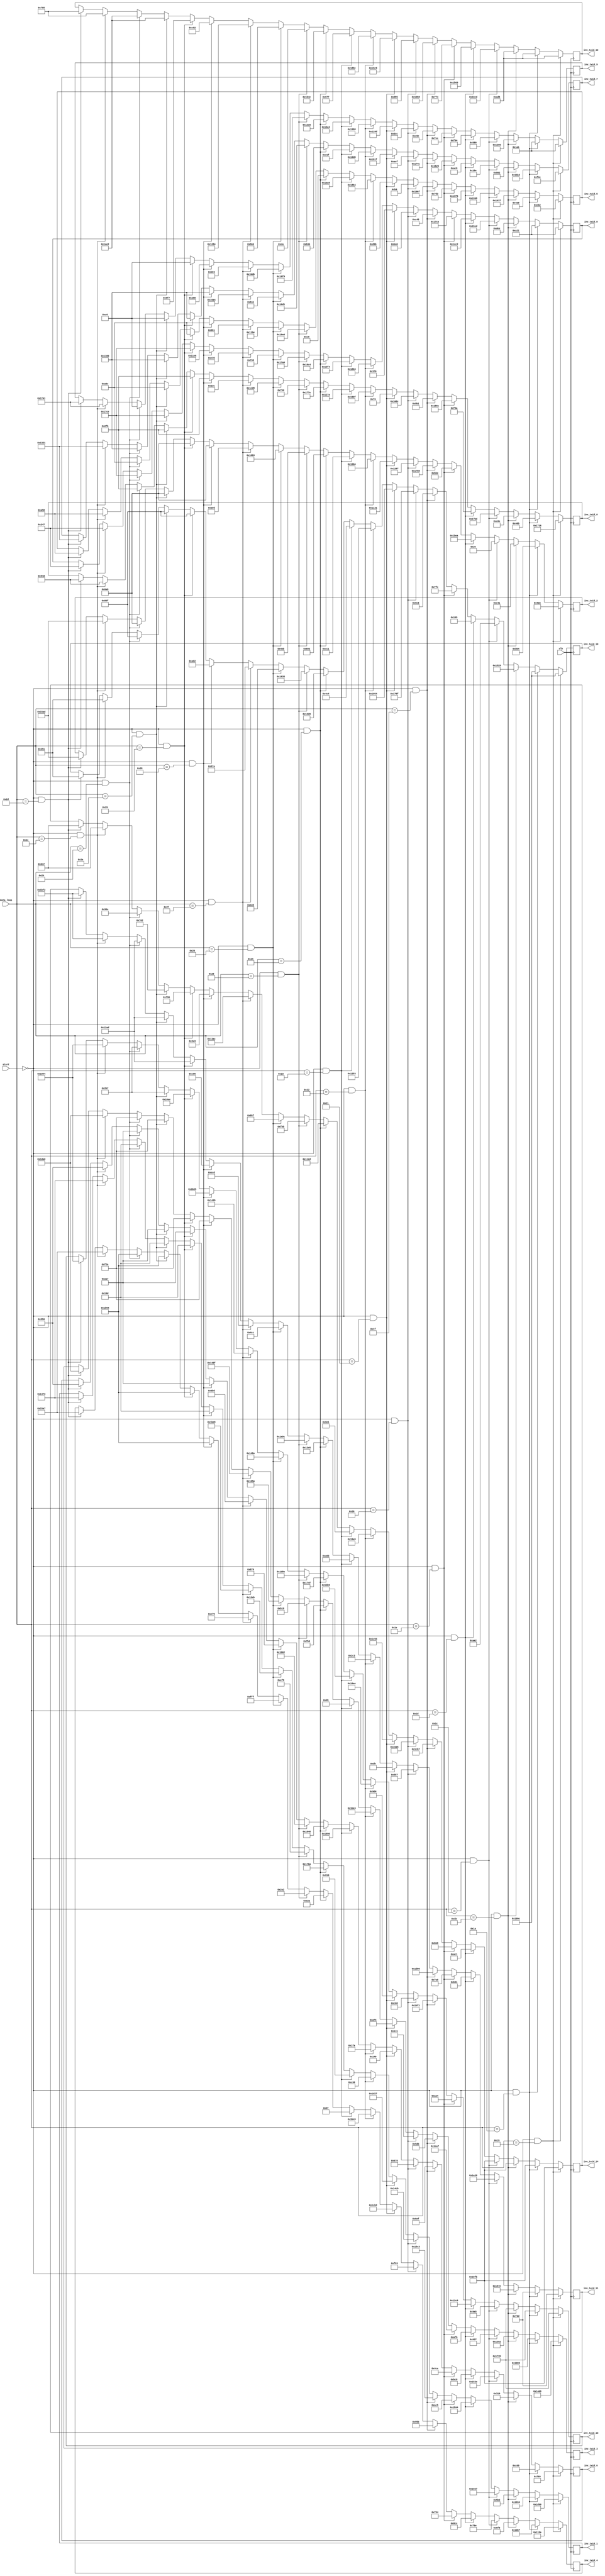
`timescale 1ns / 1ps

module inv_twiddle_data(
    input start,
    input [5:0] data_loop,
    input clk,
    output reg [15:0] inv_twid_0, inv_twid_1, inv_twid_2, inv_twid_3,
           inv_twid_4, inv_twid_5, inv_twid_6, inv_twid_7,
           inv_twid_8, inv_twid_9, inv_twid_10, inv_twid_11,
           inv_twid_12, inv_twid_13, inv_twid_14
    );
    
    //defining twiddle value ----- 0000
    reg [15:0] inv_shi_0 = 16'd5910, inv_shi_1 = 16'd7568, inv_shi_2 = 16'd1189, inv_shi_3 = 16'd5224;
    reg [15:0] inv_shi_4 = 16'd4442, inv_shi_5 = 16'd3250, inv_shi_6 = 16'd1897, inv_shi_7 = 16'd3916; 
    
    reg [15:0] inv_shi_8 = 16'd2593, inv_shi_9 = 16'd417, inv_shi_10 = 16'd6556, inv_shi_11 = 16'd3901;  
    reg [15:0] inv_shi_12 = 16'd2774, inv_shi_13 = 16'd5941, inv_shi_14 = 16'd6395; 
    
    //defining twiddle value ------ 0001
    reg [15:0] inv_shi_16 = 16'd1035, inv_shi_17 = 16'd6550, inv_shi_18 = 16'd2996, inv_shi_19 = 16'd4229;
    reg [15:0] inv_shi_20 = 16'd4287, inv_shi_21 = 16'd1193, inv_shi_22 = 16'd3081, inv_shi_23 = 16'd7587; 
    
    reg [15:0] inv_shi_24 = 16'd3566, inv_shi_25 = 16'd4608, inv_shi_26 = 16'd5417, inv_shi_27 = 16'd6526;  
    reg [15:0] inv_shi_28 = 16'd4301, inv_shi_29 = 16'd2469, inv_shi_30 = 16'd2753; 
    
    //defining twiddle value ------ 0010
    reg [15:0] inv_shi_32 = 16'd3086, inv_shi_33 = 16'd1459, inv_shi_34 = 16'd3137, inv_shi_35 = 16'd5010;
    reg [15:0] inv_shi_36 = 16'd1784, inv_shi_37 = 16'd5687, inv_shi_38 = 16'd793, inv_shi_39 = 16'd2050; 
    
    reg [15:0] inv_shi_40 = 16'd6637, inv_shi_41 = 16'd1408, inv_shi_42 = 16'd2722, inv_shi_43 = 16'd6688;  
    reg [15:0] inv_shi_44 = 16'd6915, inv_shi_45 = 16'd4800, inv_shi_46 = 16'd3000;
    
    //defining twiddle value ------ 0011
    reg [15:0] inv_shi_48 = 16'd6077, inv_shi_49 = 16'd4135, inv_shi_50 = 16'd0062, inv_shi_51 = 16'd2359;
    reg [15:0] inv_shi_52 = 16'd1950, inv_shi_53 = 16'd6552, inv_shi_54 = 16'd5422, inv_shi_55 = 16'd398; 
    
    reg [15:0] inv_shi_56 = 16'd7362, inv_shi_57 = 16'd3844, inv_shi_58 = 16'd405, inv_shi_59 = 16'd2897;  
    reg [15:0] inv_shi_60 = 16'd1908, inv_shi_61 = 16'd2724, inv_shi_62 = 16'd7351;
    
    //defining twiddle value ------ 0100
    reg [15:0] inv_shi_64 = 16'd3930, inv_shi_65 = 16'd7060, inv_shi_66 = 16'd7146, inv_shi_67 = 16'd2811;
    reg [15:0] inv_shi_68 = 16'd2252, inv_shi_69 = 16'd6645, inv_shi_70 = 16'd3016, inv_shi_71 = 16'd2760; 
    
    reg [15:0] inv_shi_72 = 16'd6090, inv_shi_73 = 16'd2028, inv_shi_74 = 16'd2044, inv_shi_75 = 16'd1952;  
    reg [15:0] inv_shi_76 = 16'd4232, inv_shi_77 = 16'd7153, inv_shi_78 = 16'd5413;
    
    //defining twiddle value ------ 0101
    reg [15:0] inv_shi_80 = 16'd5484, inv_shi_81 = 16'd2757, inv_shi_82 = 16'd3006, inv_shi_83 = 16'd7335;
    reg [15:0] inv_shi_84 = 16'd1876, inv_shi_85 = 16'd2002, inv_shi_86 = 16'd1230, inv_shi_87 = 16'd5669; 
    
    reg [15:0] inv_shi_88 = 16'd3141, inv_shi_89 = 16'd3180, inv_shi_90 = 16'd1478, inv_shi_91 = 16'd7424;  
    reg [15:0] inv_shi_92 = 16'd3477, inv_shi_93 = 16'd3080, inv_shi_94 = 16'd7316;
    
    //defining twiddle value ------ 0110  
    reg [15:0] inv_shi_96 = 16'd2481, inv_shi_97 = 16'd5571, inv_shi_98 = 16'd6024, inv_shi_99 = 16'd1499;
    reg [15:0] inv_shi_100 = 16'd2395, inv_shi_101 = 16'd6511, inv_shi_102 = 16'd1775, inv_shi_103 = 16'd5964; 
    
    reg [15:0] inv_shi_104 = 16'd2880, inv_shi_105 = 16'd3532, inv_shi_106 = 16'd5999, inv_shi_107 = 16'd1415;  
    reg [15:0] inv_shi_108 = 16'd6601, inv_shi_109 = 16'd2516, inv_shi_110 = 16'd6569;
    
    //defining twiddle value ------ 0111
    reg [15:0] inv_shi_112 = 16'd4236, inv_shi_113 = 16'd5323, inv_shi_114 = 16'd4759, inv_shi_115 = 16'd321;
    reg [15:0] inv_shi_116 = 16'd3987, inv_shi_117 = 16'd185, inv_shi_118 = 16'd1656, inv_shi_119 = 16'd2799; 
    
    reg [15:0] inv_shi_120 = 16'd880, inv_shi_121 = 16'd4493, inv_shi_122 = 16'd4180, inv_shi_123 = 16'd219;  
    reg [15:0] inv_shi_124 = 16'd6300, inv_shi_125 = 16'd5806, inv_shi_126 = 16'd2273;
    
    //defining twiddle value ------ 1000
    reg [15:0] inv_shi_128 = 16'd118, inv_shi_129 = 16'd7463, inv_shi_130 = 16'd4401, inv_shi_131 = 16'd2805;
    reg [15:0] inv_shi_132 = 16'd7346, inv_shi_133 = 16'd3483, inv_shi_134 = 16'd329, inv_shi_135 = 16'd6943; 
    
    reg [15:0] inv_shi_136 = 16'd6243, inv_shi_137 = 16'd5000, inv_shi_138 = 16'd4691, inv_shi_139 = 16'd707;  
    reg [15:0] inv_shi_140 = 16'd1655, inv_shi_141 = 16'd7097, inv_shi_142 = 16'd4589;

    //defining twiddle value ------ 1001
    reg [15:0] inv_shi_144 = 16'd6415, inv_shi_145 = 16'd3120, inv_shi_146 = 16'd5508, inv_shi_147 = 16'd7139;
    reg [15:0] inv_shi_148 = 16'd6979, inv_shi_149 = 16'd6244, inv_shi_150 = 16'd506, inv_shi_151 = 16'd6616; 
    
    reg [15:0] inv_shi_152 = 16'd5108, inv_shi_153 = 16'd5795, inv_shi_154 = 16'd1220, inv_shi_155 = 16'd2563;  
    reg [15:0] inv_shi_156 = 16'd6988, inv_shi_157 = 16'd5967, inv_shi_158 = 16'd4027;
    
    //defining twiddle value ------ 1010
    reg [15:0] inv_shi_160 = 16'd4730, inv_shi_161 = 16'd2067, inv_shi_162 = 16'd3265, inv_shi_163 = 16'd217;
    reg [15:0] inv_shi_164 = 16'd111, inv_shi_165 = 16'd6825, inv_shi_166 = 16'd6288, inv_shi_167 = 16'd3615; 
    
    reg [15:0] inv_shi_168 = 16'd5828, inv_shi_169 = 16'd6678, inv_shi_170 = 16'd4640, inv_shi_171 = 16'd4837;  
    reg [15:0] inv_shi_172 = 16'd202, inv_shi_173 = 16'd7438, inv_shi_174 = 16'd2399;
    
    //defining twiddle value ------ 1011
    reg [15:0] inv_shi_176 = 16'd6014, inv_shi_177 = 16'd6074, inv_shi_178 = 16'd1683, inv_shi_179 = 16'd1968;
    reg [15:0] inv_shi_180 = 16'd3626, inv_shi_181 = 16'd201, inv_shi_182 = 16'd5702, inv_shi_183 = 16'd2875; 
    
    reg [15:0] inv_shi_184 = 16'd6048, inv_shi_185 = 16'd5881, inv_shi_186 = 16'd5685, inv_shi_187 = 16'd6812;  
    reg [15:0] inv_shi_188 = 16'd1382, inv_shi_189 = 16'd5258, inv_shi_190 = 16'd5036;
    
    //defining twiddle value ------ 1100
    reg [15:0] inv_shi_192 = 16'd1872, inv_shi_193 = 16'd3832, inv_shi_194 = 16'd1211, inv_shi_195 = 16'd2840;
    reg [15:0] inv_shi_196 = 16'd674, inv_shi_197 = 16'd6566, inv_shi_198 = 16'd7042, inv_shi_199 = 16'd4305; 
    
    reg [15:0] inv_shi_200 = 16'd1848, inv_shi_201 = 16'd7131, inv_shi_202 = 16'd1097, inv_shi_203 = 16'd1228;  
    reg [15:0] inv_shi_204 = 16'd4740, inv_shi_205 = 16'd5173, inv_shi_206 = 16'd675;
    
    //defining twiddle value ------ 1101
    reg [15:0] inv_shi_208 = 16'd7385, inv_shi_209 = 16'd4843, inv_shi_210 = 16'd6275, inv_shi_211 = 16'd5722;
    reg [15:0] inv_shi_212 = 16'd4095, inv_shi_213 = 16'd4542, inv_shi_214 = 16'd2169, inv_shi_215 = 16'd2372; 
    
    reg [15:0] inv_shi_216 = 16'd3125, inv_shi_217 = 16'd2819, inv_shi_218 = 16'd1402, inv_shi_219 = 16'd3789;  
    reg [15:0] inv_shi_220 = 16'd3074, inv_shi_221 = 16'd6949, inv_shi_222 = 16'd1846;
    
    //defining twiddle value ------ 1110
    reg [15:0] inv_shi_224 = 16'd572, inv_shi_225 = 16'd7145, inv_shi_226 = 16'd2717, inv_shi_227 = 16'd5135;
    reg [15:0] inv_shi_228 = 16'd3193, inv_shi_229 = 16'd2433, inv_shi_230 = 16'd1725, inv_shi_231 = 16'd5796; 
    
    reg [15:0] inv_shi_232 = 16'd4582, inv_shi_233 = 16'd0648, inv_shi_234 = 16'd2562, inv_shi_235 = 16'd3078;  
    reg [15:0] inv_shi_236 = 16'd2551, inv_shi_237 = 16'd4270, inv_shi_238 = 16'd1794;

    //defining twiddle value ------ 1111
    reg [15:0] inv_shi_240 = 16'd763, inv_shi_241 = 16'd413, inv_shi_242 = 16'd1704, inv_shi_243 = 16'd3882;
    reg [15:0] inv_shi_244 = 16'd7012, inv_shi_245 = 16'd2668, inv_shi_246 = 16'd2583, inv_shi_247 = 16'd4992; 
    
    reg [15:0] inv_shi_248 = 16'd6094, inv_shi_249 = 16'd0198, inv_shi_250 = 16'd2063, inv_shi_251 = 16'd4781;  
    reg [15:0] inv_shi_252 = 16'd6882, inv_shi_253 = 16'd0695, inv_shi_254 = 16'd878;

    //defining twiddle value ------  second iteration ----------
    reg [15:0] inv_shi_260 = 16'd2381, inv_shi_261 = 16'd5235, inv_shi_262 = 16'd5549, inv_shi_263 = 16'd7584;
    reg [15:0] inv_shi_264 = 16'd5543, inv_shi_265 = 16'd2648, inv_shi_266 = 16'd1366, inv_shi_267 = 16'd4897;
    
    reg [15:0] inv_shi_268 = 16'd583, inv_shi_269 = 16'd5953, inv_shi_270 = 16'd849, inv_shi_271 = 16'd7154;
    reg [15:0] inv_shi_272 = 16'd1925, inv_shi_273 = 16'd6468, inv_shi_274 = 16'd3383;
    
    
    //logic to developing esssential twiddle faactor
    always @(posedge clk)
    begin
      if(!start && data_loop == 6'h19)
      begin
        inv_twid_0 <= inv_shi_0; inv_twid_1 <= inv_shi_1; inv_twid_2 <= inv_shi_2; inv_twid_3 <= inv_shi_3; 
        inv_twid_4 <= inv_shi_4; inv_twid_5 <= inv_shi_5; inv_twid_6 <= inv_shi_6; inv_twid_7 <= inv_shi_7;

        inv_twid_8 <= inv_shi_8; inv_twid_9 <= inv_shi_9; inv_twid_10 <= inv_shi_10; inv_twid_11 <= inv_shi_11;
        inv_twid_12 <= inv_shi_12; inv_twid_13 <= inv_shi_13; inv_twid_14 <= inv_shi_14;
      end

	else if(!start && data_loop == 6'h1a)
	begin
		inv_twid_0 <= inv_shi_16; inv_twid_1 <= inv_shi_17; inv_twid_2 <= inv_shi_18; inv_twid_3 <= inv_shi_19;
		inv_twid_4 <= inv_shi_20; inv_twid_5 <= inv_shi_21; inv_twid_6 <= inv_shi_22; inv_twid_7 <= inv_shi_23;

        inv_twid_8 <= inv_shi_8; inv_twid_9 <= inv_shi_9; inv_twid_10 <= inv_shi_10; inv_twid_11 <= inv_shi_11;
        inv_twid_12 <= inv_shi_12; inv_twid_13 <= inv_shi_13; inv_twid_14 <= inv_shi_14;

	end

	else if(!start && data_loop == 6'h1b)
	begin
		inv_twid_0 <= inv_shi_32; inv_twid_1 <= inv_shi_33; inv_twid_2 <= inv_shi_34; inv_twid_3 <= inv_shi_35;
		inv_twid_4 <= inv_shi_36; inv_twid_5 <= inv_shi_37; inv_twid_6 <= inv_shi_38; inv_twid_7 <= inv_shi_39;

		inv_twid_8 <= inv_shi_24; inv_twid_9 <= inv_shi_25; inv_twid_10 <= inv_shi_26; inv_twid_11 <= inv_shi_27;
        inv_twid_12 <= inv_shi_12; inv_twid_13 <= inv_shi_13; inv_twid_14 <= inv_shi_14;

	end

	else if(!start && data_loop == 6'h1c)
	begin
		inv_twid_0 <= inv_shi_48; inv_twid_1 <= inv_shi_49; inv_twid_2 <= inv_shi_50; inv_twid_3 <= inv_shi_51;
		inv_twid_4 <= inv_shi_52; inv_twid_5 <= inv_shi_53; inv_twid_6 <= inv_shi_54; inv_twid_7 <= inv_shi_55;

		inv_twid_8 <= inv_shi_40; inv_twid_9 <= inv_shi_41; inv_twid_10 <= inv_shi_42; inv_twid_11 <= inv_shi_43;
		inv_twid_12 <= inv_shi_28; inv_twid_13 <= inv_shi_29; inv_twid_14 <= inv_shi_14;      


	end

	else if(!start && data_loop == 6'h1d)
	begin
		inv_twid_0 <= inv_shi_64; inv_twid_1 <= inv_shi_65; inv_twid_2 <= inv_shi_66; inv_twid_3 <= inv_shi_67;
		inv_twid_4 <= inv_shi_68; inv_twid_5 <= inv_shi_69; inv_twid_6 <= inv_shi_70; inv_twid_7 <= inv_shi_71;

		inv_twid_8 <= inv_shi_56; inv_twid_9 <= inv_shi_57; inv_twid_10 <= inv_shi_58; inv_twid_11 <= inv_shi_59;		
		inv_twid_12 <= inv_shi_44; inv_twid_13 <= inv_shi_45;  inv_twid_14 <= inv_shi_30;     


	end

	else if(!start && data_loop == 6'h1e)
	begin
		inv_twid_0 <= inv_shi_80; inv_twid_1 <= inv_shi_81; inv_twid_2 <= inv_shi_82; inv_twid_3 <= inv_shi_83;
		inv_twid_4 <= inv_shi_84; inv_twid_5 <= inv_shi_85; inv_twid_6 <= inv_shi_86; inv_twid_7 <= inv_shi_87;

		inv_twid_8 <= inv_shi_72; inv_twid_9 <= inv_shi_73; inv_twid_10 <= inv_shi_74; inv_twid_11 <= inv_shi_75;		
		inv_twid_12 <= inv_shi_60; inv_twid_13 <= inv_shi_61;  inv_twid_14 <= inv_shi_46;    


	end

	else if(!start && data_loop == 6'h1f)
	begin
		inv_twid_0 <= inv_shi_96; inv_twid_1 <= inv_shi_97; inv_twid_2 <= inv_shi_98; inv_twid_3 <= inv_shi_99;
		inv_twid_4 <= inv_shi_100; inv_twid_5 <= inv_shi_101; inv_twid_6 <= inv_shi_102; inv_twid_7 <= inv_shi_103;

		inv_twid_8 <= inv_shi_88; inv_twid_9 <= inv_shi_89; inv_twid_10 <= inv_shi_90; inv_twid_11 <= inv_shi_91;		
		inv_twid_12 <= inv_shi_76; inv_twid_13 <= inv_shi_77; inv_twid_14 <= inv_shi_62;        

	end

	else if(!start && data_loop == 6'h20)
	begin
		inv_twid_0 <= inv_shi_112; inv_twid_1 <= inv_shi_113; inv_twid_2 <= inv_shi_114; inv_twid_3 <= inv_shi_115;
		inv_twid_4 <= inv_shi_116; inv_twid_5 <= inv_shi_117; inv_twid_6 <= inv_shi_118; inv_twid_7 <= inv_shi_119;

		inv_twid_8 <= inv_shi_104; inv_twid_9 <= inv_shi_105; inv_twid_10 <= inv_shi_106; inv_twid_11 <= inv_shi_107;		
		inv_twid_12 <= inv_shi_92; inv_twid_13 <= inv_shi_93; inv_twid_14 <= inv_shi_78;   

	end

	else if(!start && data_loop == 6'h21)
	begin
		inv_twid_0 <= inv_shi_128; inv_twid_1 <= inv_shi_129; inv_twid_2 <= inv_shi_130; inv_twid_3 <= inv_shi_131;
		inv_twid_4 <= inv_shi_132; inv_twid_5 <= inv_shi_133; inv_twid_6 <= inv_shi_134; inv_twid_7 <= inv_shi_135;

		inv_twid_8 <= inv_shi_120; inv_twid_9 <= inv_shi_121; inv_twid_10 <= inv_shi_122; inv_twid_11 <= inv_shi_123;		
		inv_twid_12 <= inv_shi_108; inv_twid_13 <= inv_shi_109;  inv_twid_14 <= inv_shi_94; 


	end

	else if(!start && data_loop == 6'h22)
	begin
		inv_twid_0 <= inv_shi_144; inv_twid_1 <= inv_shi_145; inv_twid_2 <= inv_shi_146; inv_twid_3 <= inv_shi_147;
		inv_twid_4 <= inv_shi_148; inv_twid_5 <= inv_shi_149; inv_twid_6 <= inv_shi_150; inv_twid_7 <= inv_shi_151;

		inv_twid_8 <= inv_shi_136; inv_twid_9 <= inv_shi_137; inv_twid_10 <= inv_shi_138; inv_twid_11 <= inv_shi_139;		
		inv_twid_12 <= inv_shi_124; inv_twid_13 <= inv_shi_125; inv_twid_14 <= inv_shi_110;  

	end

	else if(!start && data_loop == 6'h23)
	begin
		inv_twid_0 <= inv_shi_160; inv_twid_1 <= inv_shi_161; inv_twid_2 <= inv_shi_162; inv_twid_3 <= inv_shi_163;
		inv_twid_4 <= inv_shi_164; inv_twid_5 <= inv_shi_165; inv_twid_6 <= inv_shi_166; inv_twid_7 <= inv_shi_167;

		inv_twid_8 <= inv_shi_152; inv_twid_9 <= inv_shi_153; inv_twid_10 <= inv_shi_154; inv_twid_11 <= inv_shi_155;		
		inv_twid_12 <= inv_shi_140; inv_twid_13 <= inv_shi_141; inv_twid_14 <= inv_shi_126;   

	end

	else if(!start && data_loop == 6'h24)
	begin
		inv_twid_0 <= inv_shi_176; inv_twid_1 <= inv_shi_177; inv_twid_2 <= inv_shi_178; inv_twid_3 <= inv_shi_179;
		inv_twid_4 <= inv_shi_180; inv_twid_5 <= inv_shi_181; inv_twid_6 <= inv_shi_182; inv_twid_7 <= inv_shi_183;

		inv_twid_8 <= inv_shi_168; inv_twid_9 <= inv_shi_169; inv_twid_10 <= inv_shi_170; inv_twid_11 <= inv_shi_171;		
		inv_twid_12 <= inv_shi_156; inv_twid_13 <= inv_shi_157; inv_twid_14 <= inv_shi_142;    

	end

	else if(!start && data_loop == 6'h25)
	begin
		inv_twid_0 <= inv_shi_192; inv_twid_1 <= inv_shi_193; inv_twid_2 <= inv_shi_194; inv_twid_3 <= inv_shi_195;
		inv_twid_4 <= inv_shi_196; inv_twid_5 <= inv_shi_197; inv_twid_6 <= inv_shi_198; inv_twid_7 <= inv_shi_199;

		inv_twid_8 <= inv_shi_184; inv_twid_9 <= inv_shi_185; inv_twid_10 <= inv_shi_186; inv_twid_11 <= inv_shi_187;		
		inv_twid_12 <= inv_shi_172; inv_twid_13 <= inv_shi_173; inv_twid_14 <= inv_shi_158;    


	end

	else if(!start && data_loop == 6'h26)
	begin
		inv_twid_0 <= inv_shi_208; inv_twid_1 <= inv_shi_209; inv_twid_2 <= inv_shi_210; inv_twid_3 <= inv_shi_211;
		inv_twid_4 <= inv_shi_212; inv_twid_5 <= inv_shi_213; inv_twid_6 <= inv_shi_214; inv_twid_7 <= inv_shi_215;

		inv_twid_8 <= inv_shi_200; inv_twid_9 <= inv_shi_201; inv_twid_10 <= inv_shi_202; inv_twid_11 <= inv_shi_203;		
		inv_twid_12 <= inv_shi_188; inv_twid_13 <= inv_shi_189; inv_twid_14 <= inv_shi_174; 


	end

	else if(!start && data_loop == 6'h27)
	begin
		inv_twid_0 <= inv_shi_224; inv_twid_1 <= inv_shi_225; inv_twid_2 <= inv_shi_226; inv_twid_3 <= inv_shi_227;
		inv_twid_4 <= inv_shi_228; inv_twid_5 <= inv_shi_229; inv_twid_6 <= inv_shi_230; inv_twid_7 <= inv_shi_231;

		inv_twid_8 <= inv_shi_216; inv_twid_9 <= inv_shi_217; inv_twid_10 <= inv_shi_218; inv_twid_11 <= inv_shi_219;		
		inv_twid_12 <= inv_shi_204; inv_twid_13 <= inv_shi_205; inv_twid_14 <= inv_shi_190;


	end

	else if(!start && data_loop == 6'h28)
	begin
		inv_twid_0 <= inv_shi_240; inv_twid_1 <= inv_shi_241; inv_twid_2 <= inv_shi_242; inv_twid_3 <= inv_shi_243;
		inv_twid_4 <= inv_shi_244; inv_twid_5 <= inv_shi_245; inv_twid_6 <= inv_shi_246; inv_twid_7 <= inv_shi_247;

		inv_twid_8 <= inv_shi_232; inv_twid_9 <= inv_shi_233; inv_twid_10 <= inv_shi_234; inv_twid_11 <= inv_shi_235;		
		inv_twid_12 <= inv_shi_220; inv_twid_13 <= inv_shi_221; inv_twid_14 <= inv_shi_206; 


	end
	
	else if(!start && data_loop == 6'h29)
	begin
		inv_twid_0 <= inv_shi_240; inv_twid_1 <= inv_shi_241; inv_twid_2 <= inv_shi_242; inv_twid_3 <= inv_shi_243;
		inv_twid_4 <= inv_shi_244; inv_twid_5 <= inv_shi_245; inv_twid_6 <= inv_shi_246; inv_twid_7 <= inv_shi_247;

		inv_twid_8 <= inv_shi_248; inv_twid_9 <= inv_shi_249; inv_twid_10 <= inv_shi_250; inv_twid_11 <= inv_shi_251;		
		inv_twid_12 <= inv_shi_236; inv_twid_13 <= inv_shi_237; inv_twid_14 <= inv_shi_222;


	end
	
	else if(!start && data_loop == 6'h2a)
	begin
		inv_twid_0 <= inv_shi_240; inv_twid_1 <= inv_shi_241; inv_twid_2 <= inv_shi_242; inv_twid_3 <= inv_shi_243;
		inv_twid_4 <= inv_shi_244; inv_twid_5 <= inv_shi_245; inv_twid_6 <= inv_shi_246; inv_twid_7 <= inv_shi_247;

		inv_twid_8 <= inv_shi_248; inv_twid_9 <= inv_shi_249; inv_twid_10 <= inv_shi_250; inv_twid_11 <= inv_shi_251;		
		inv_twid_12 <= inv_shi_252; inv_twid_13 <= inv_shi_253; inv_twid_14 <= inv_shi_238;
		
	end
	
	else if(!start && data_loop == 6'h2b)
	begin
		inv_twid_0 <= inv_shi_240; inv_twid_1 <= inv_shi_241; inv_twid_2 <= inv_shi_242; inv_twid_3 <= inv_shi_243;
		inv_twid_4 <= inv_shi_244; inv_twid_5 <= inv_shi_245; inv_twid_6 <= inv_shi_246; inv_twid_7 <= inv_shi_247;

		inv_twid_8 <= inv_shi_248; inv_twid_9 <= inv_shi_249; inv_twid_10 <= inv_shi_250; inv_twid_11 <= inv_shi_251;		
		inv_twid_12 <= inv_shi_252; inv_twid_13 <= inv_shi_253;  inv_twid_14 <= inv_shi_254;
		
	end
	
	else if(!start && data_loop == 6'h2c)
	begin
		inv_twid_0 <= inv_shi_260; inv_twid_1 <= inv_shi_261; inv_twid_2 <= inv_shi_262; inv_twid_3 <= inv_shi_263;
		inv_twid_4 <= inv_shi_264; inv_twid_5 <= inv_shi_265; inv_twid_6 <= inv_shi_266; inv_twid_7 <= inv_shi_267;

		inv_twid_8 <= inv_shi_268; inv_twid_9 <= inv_shi_269; inv_twid_10 <= inv_shi_270; inv_twid_11 <= inv_shi_271;		
		inv_twid_12 <= inv_shi_272; inv_twid_13 <= inv_shi_273;  inv_twid_14 <= inv_shi_274;
		
	end
	
	else if(!start && data_loop == 6'h2d)
	begin
		inv_twid_0 <= inv_shi_260; inv_twid_1 <= inv_shi_261; inv_twid_2 <= inv_shi_262; inv_twid_3 <= inv_shi_263;
		inv_twid_4 <= inv_shi_264; inv_twid_5 <= inv_shi_265; inv_twid_6 <= inv_shi_266; inv_twid_7 <= inv_shi_267;

		inv_twid_8 <= inv_shi_268; inv_twid_9 <= inv_shi_269; inv_twid_10 <= inv_shi_270; inv_twid_11 <= inv_shi_271;		
		inv_twid_12 <= inv_shi_272; inv_twid_13 <= inv_shi_273;  inv_twid_14 <= inv_shi_274;
		
	end
	

  end
    
endmodule